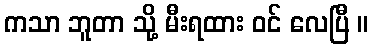
ကသာ ဘူတာ သို့ မီးရထား ဝင် လေပြီ ။